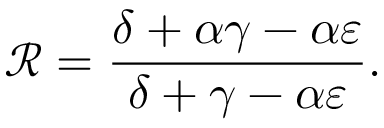
\mathcal { R } = \frac { \delta + \alpha \gamma - \alpha \varepsilon } { \delta + \gamma - \alpha \varepsilon } .